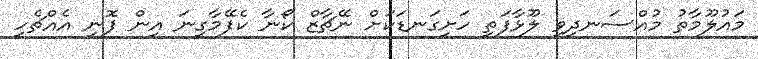
މައުލޫމާތު މުއްސަނދިވި ލޫޅާފަތި ހަށިގަނޑަކަށް ނޭޗާޒް ކޯނާ ކެފޭމާގިނަ އިން ފޮނި އެއްޗެހި